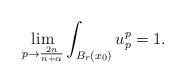
LaTeX: \begin{align*}\lim_{p\to \frac{2n}{n+\alpha}}\int_{B_r(x_0)} u_p^p=1.\end{align*}